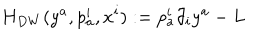
LaTeX: H _ { D W } ( y ^ { a } , p _ { a } ^ { i } , x ^ { i } ) : = p _ { a } ^ { i } \partial _ { i } y ^ { a } - L